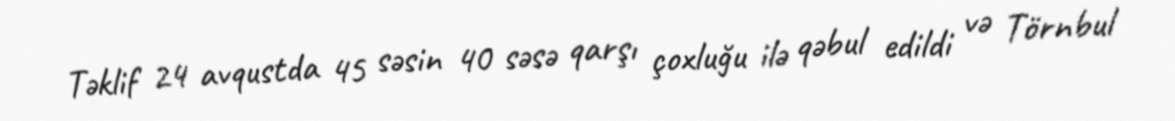
Təklif 24 avqustda 45 səsin 40 səsə qarşı çoxluğu ilə qəbul edildi və Törnbul